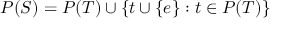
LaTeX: P ( S ) = P ( T ) \cup \{ t \cup \{ e \} : t \in P ( T ) \}